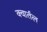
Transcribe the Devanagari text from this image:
क्वार्तल